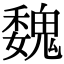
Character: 魏